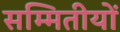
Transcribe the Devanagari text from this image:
सम्मितीयों